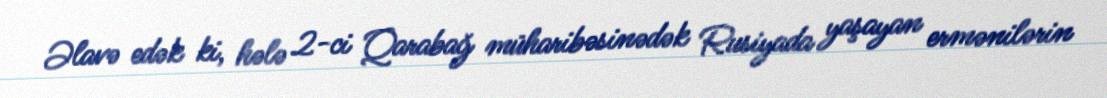
Əlavə edək ki, hələ 2-ci Qarabağ müharibəsinədək Rusiyada yaşayan ermənilərin